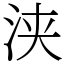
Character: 浃